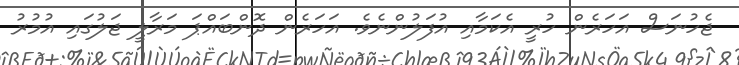
ޖެހުނަސް އަހަރެން ހުރީ އެކަމާއި އުފަލުންނެވެ. އަަހަރެން ދޮންބައްޕަ މަރާލީ ޖަލުގައި އުމުރު